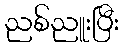
ညစ်ညူးပြီး